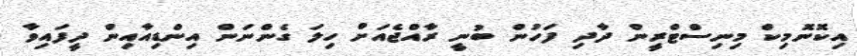
އިކޮނޮމިކް މިނިސްޓްރީން ދާދި ފަހުން ބުނީ ރާއްޖެއަށް ހިލަ ގެންނަން އިންޑިއާއިން ދީފައިވާ